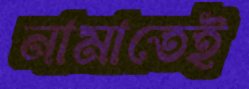
নামাতেই